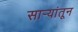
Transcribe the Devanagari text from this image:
सार्‍यांतून